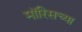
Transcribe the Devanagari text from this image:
मॉरिसच्या